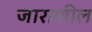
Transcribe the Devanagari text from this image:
जाराशील